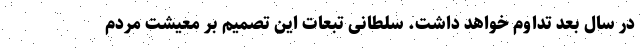
در سال بعد تداوم خواهد داشت. سلطانی تبعات این تصمیم بر معیشت مردم